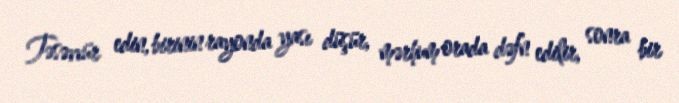
Təsəvvür edin, birinin rayonda yası düşür, mərhum orada dəfn edilir, sonra bir